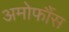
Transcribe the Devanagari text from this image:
अमोर्फौस